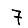
Digit: 7